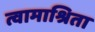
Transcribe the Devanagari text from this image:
त्वामाश्रिता